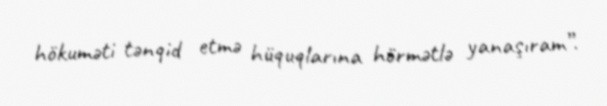
hökuməti tənqid etmə hüquqlarına hörmətlə yanaşıram”.